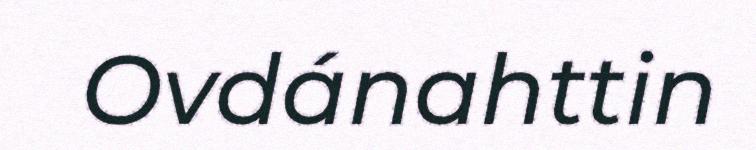
Ovdánahttin